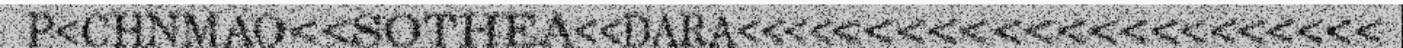
P<CHNMAO<<SOTHEA<<DARA<<<<<<<<<<<<<<<<<<<<<<